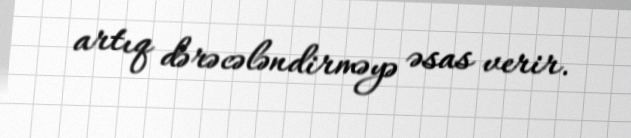
artıq dərəcələndirməyə əsas verir.